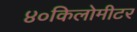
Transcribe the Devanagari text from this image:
४०किलोमीटर